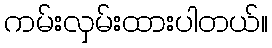
ကမ်းလှမ်းထားပါတယ်။